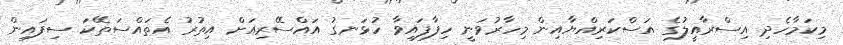
މިކަމާހެދި އިސްރާއީލުގެ އަސްކަރިއްޔާއިން މިހާރުވަނީ ހިފާފައިވާ ހުޅަނގު އައްސޭރިއަށް އިތުރު އެތައްސަތޭކަ ސިފައިން